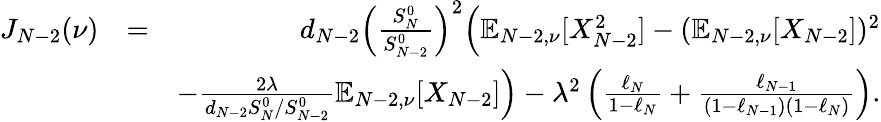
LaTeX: \begin{array}{rlr}{J_{N-2}(\nu)}&{=}&{d_{N-2}\Big(\frac{S_{N}^{0}}{S_{N-2}^{0}}\Big)^{2}\Big(\mathbb{E}_{N-2,\nu}[X_{N-2}^{2}]-(\mathbb{E}_{N-2,\nu}[X_{N-2}])^{2}}\\ &{}&{-\frac{2\lambda}{d_{N-2}S_{N}^{0}/S_{N-2}^{0}}\mathbb{E}_{N-2,\nu}[X_{N-2}]\Big)-\lambda^{2}\left(\frac{\ell_{N}}{1-\ell_{N}}+\frac{\ell_{N-1}}{(1-\ell_{N-1})(1-\ell_{N})}\right).}\end{array}